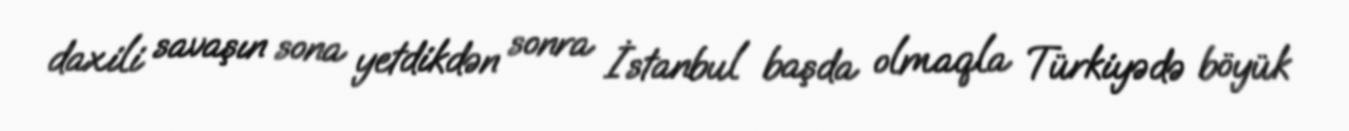
daxili savaşın sona yetdikdən sonra İstanbul başda olmaqla Türkiyədə böyük